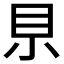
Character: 𡭨